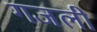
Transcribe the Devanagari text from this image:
गजली